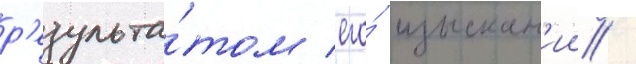
р'езульта́том его́ изыскан'ии /